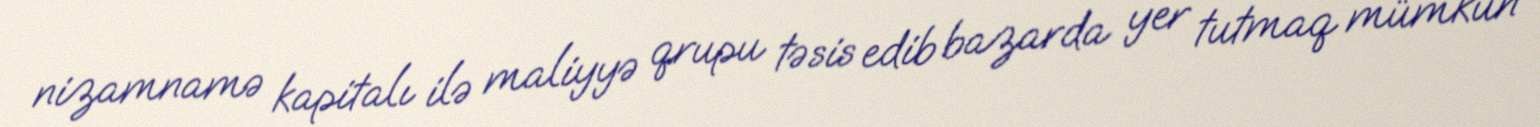
nizamnamə kapitalı ilə maliyyə qrupu təsis edib bazarda yer tutmaq mümkün